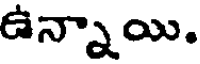
ఉన్నాయి.